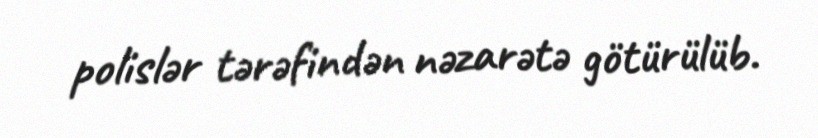
polislər tərəfindən nəzarətə götürülüb.